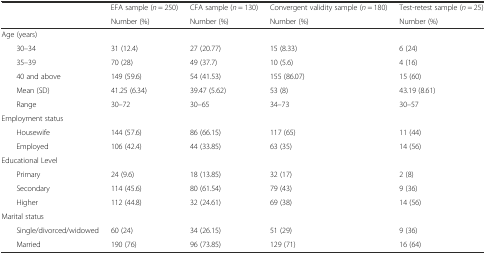
| <ROWSPAN=2-COLSPAN=2>  | EFA sample (n = 250) | CFA sample (n = 130) | Convergent validity sample (n = 180) | Test-retest sample (n = 25) |
 | Number (%) | Number (%) | Number (%) | Number (%) |
 | --- | --- | --- | --- | --- | --- |
 | <COLSPAN=6> Age (years) |
 |  | 30–34 | 31 (12.4) | 27 (20.77) | 15 (8.33) | 6 (24) |
 |  | 35–39 | 70 (28) | 49 (37.7) | 10 (5.6) | 4 (16) |
 |  | 40 and above | 149 (59.6) | 54 (41.53) | 155 (86.07) | 15 (60) |
 |  | Mean (SD) | 41.25 (6.34) | 39.47 (5.62) | 53 (8) | 43.19 (8.61) |
 |  | Range | 30–72 | 30–65 | 34–73 | 30–57 |
 | <COLSPAN=6> Employment status |
 |  | Housewife | 144 (57.6) | 86 (66.15) | 117 (65) | 11 (44) |
 |  | Employed | 106 (42.4) | 44 (33.85) | 63 (35) | 14 (56) |
 | <COLSPAN=6> Educational Level |
 |  | Primary | 24 (9.6) | 18 (13.85) | 32 (17) | 2 (8) |
 |  | Secondary | 114 (45.6) | 80 (61.54) | 79 (43) | 9 (36) |
 |  | Higher | 112 (44.8) | 32 (24.61) | 69 (38) | 14 (56) |
 | <COLSPAN=6> Marital status |
 |  | Single/divorced/widowed | 60 (24) | 34 (26.15) | 51 (29) | 9 (36) |
 |  | Married | 190 (76) | 96 (73.85) | 129 (71) | 16 (64) |